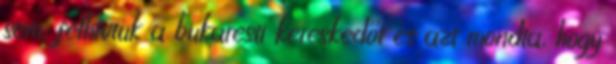
sem, felhívtuk a bukaresti kereskedőt és azt mondta, hogy